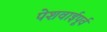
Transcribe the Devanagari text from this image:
पेशवाईपूर्व